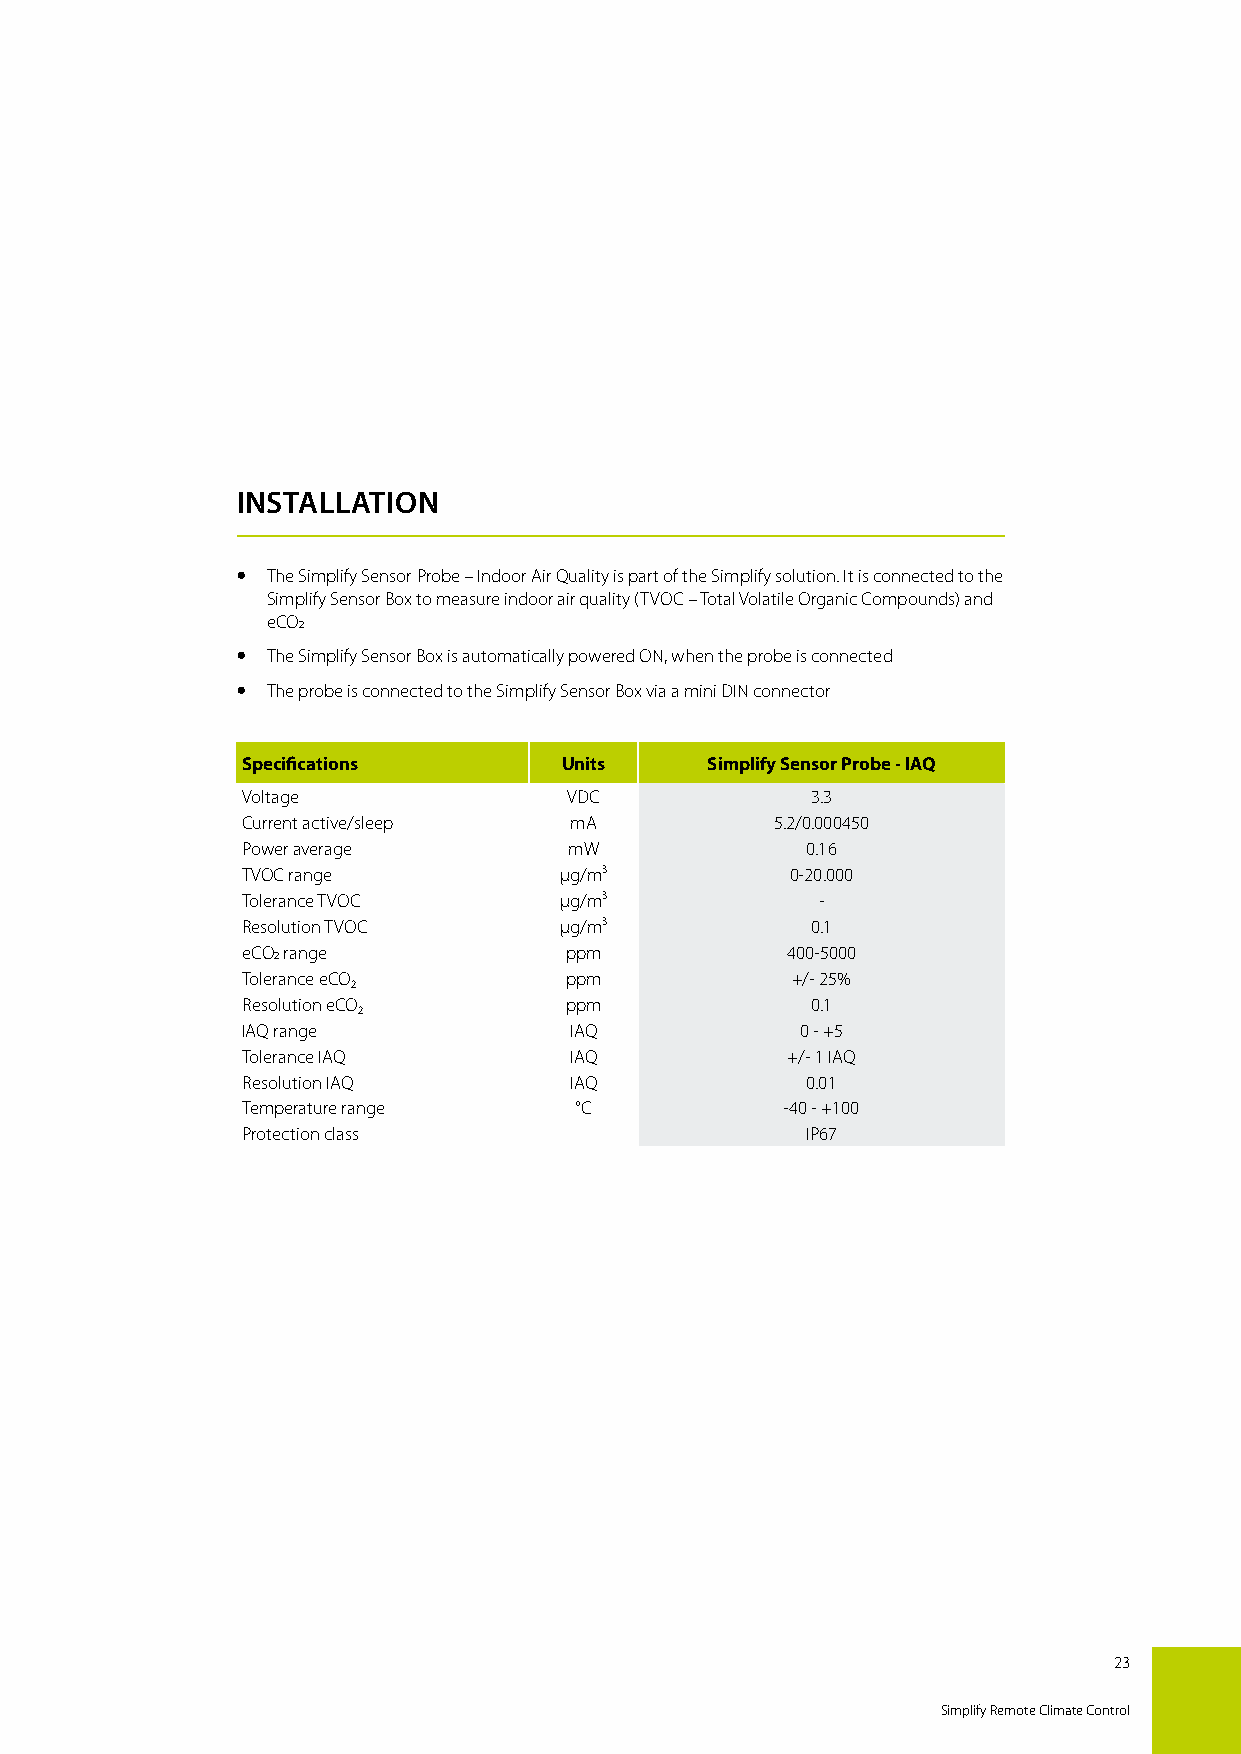
SIMPLIFY SENSOR PROBES
 SENSOR PROBE – INDOOR AIR QUALITY
 INSTALLATION
  The Simplify Sensor Probe – Indoor Air Quality is part of the Simplify solution. It is connected to the
 Simplify Sensor Box to measure indoor air quality (TVOC – Total Volatile Organic Compounds) and
 eCO2
  The Simplify Sensor Box is automatically powered ON, when the probe is connected
  The probe is connected to the Simplify Sensor Box via a mini DIN connector
 Specifications       Units     Simplify Sensor Probe - IAQ
 Voltage               VDC             3.3
 Current active/sleep  mA           5.2/0.000450
 Power average         mW             0.16
 TVOC range           μg/m³          0-20.000
 Tolerance TVOC       μg/m³            -
 Resolution TVOC      μg/m³            0.1
 eCO2 range           ppm            400-5000
 Tolerance eCO₂       ppm            +/- 25%
 Resolution eCO₂      ppm              0.1
 IAQ range             IAQ            0 - +5
 Tolerance IAQ         IAQ           +/- 1 IAQ
 Resolution IAQ        IAQ            0.01
 Temperature range     °C            -40 - +100
 Protection class                     IP67
 23
 Simplify Remote Climate Control